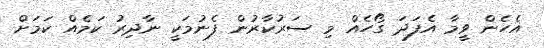
އެހެން ވީމާ އެފަދަ ގޯހެއް މި ސަރުކާރުން ފެނުމަކީ ނާދިރު ކަމެއް ކަމަށް